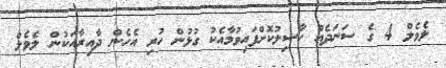
ލެވެލް 4 ގެ ސަނަދެއް ހާސިލުކޮށްފައިވުމާއެކު ގުޅުން ހުރި އެހެން ދާއިރާއަކުން ލެވެލް